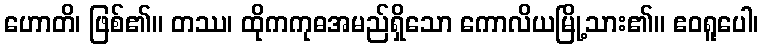
ဟောတိ၊ ဖြစ်၏။ တဿ၊ ထိုကကုဓအမည်ရှိသော ကောလိယမြို့သား၏။ ဧဝရူပေါ၊